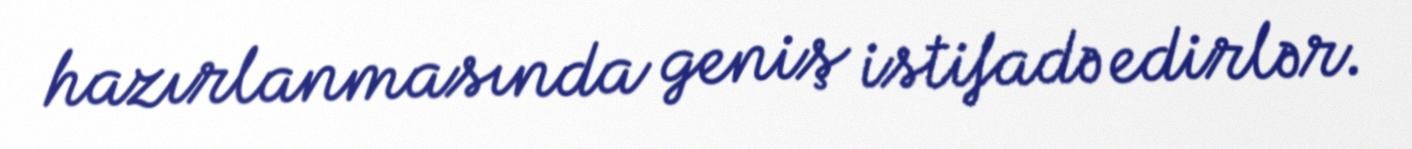
hazırlanmasında geniş istifadə edirlər.